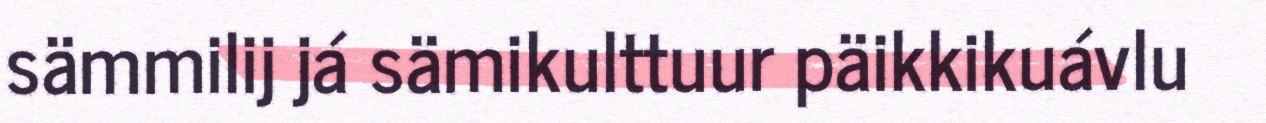
sämmilij já sämikulttuur päikkikuávlu